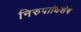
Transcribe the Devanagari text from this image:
निरुपाधिशेष